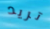
تريد